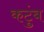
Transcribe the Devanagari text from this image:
कटुंब